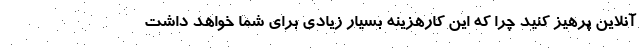
آنلاین پرهیز کنید چرا که این کارهزینه بسیار زیادی برای شما خواهد داشت